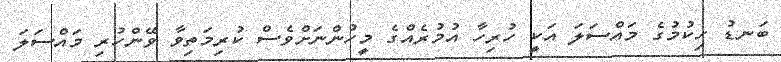
ބަނޑު ހިކުމުގެ މައްސަލަ އަކީ ހުރިހާ އުމުރެއްގެ މީހުންނަށްވެސް ކުރިމަތިވާ ވޭންހުރި މައްސަލަ